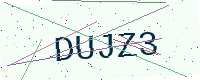
Text: DUJZ3